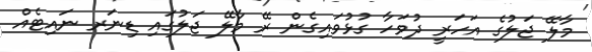
މާލޭ ޖަލުގެ އަހަރީ ދުވަހާ ގުޅުވައިގެން ރޭ މާލޭ ޖަލުގައި ޑިނަރ ނައިޓެއް